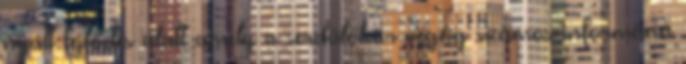
nyúlt fejlődés alatt amely a serdülőkör végéig számos információ